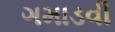
ગમાડવી